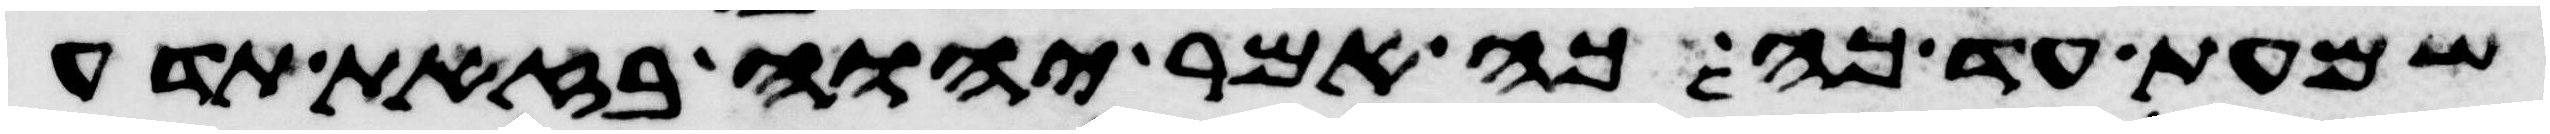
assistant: שמעת עד כה כה אמר יהוה בזאת תדע